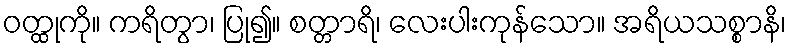
ဝတ္ထုကို။ ကရိတွာ၊ ပြု၍။ စတ္တာရိ၊ လေးပါးကုန်သော။ အရိယသစ္စာနိ၊